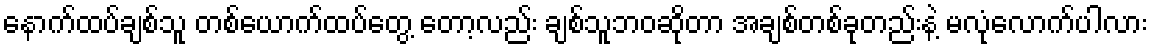
နောက်ထပ်ချစ်သူ တစ်ယောက်ထပ်တွေ့ တော့လည်း ချစ်သူဘဝဆိုတာ အချစ်တစ်ခုတည်းနဲ့ မလုံလောက်ပါလား